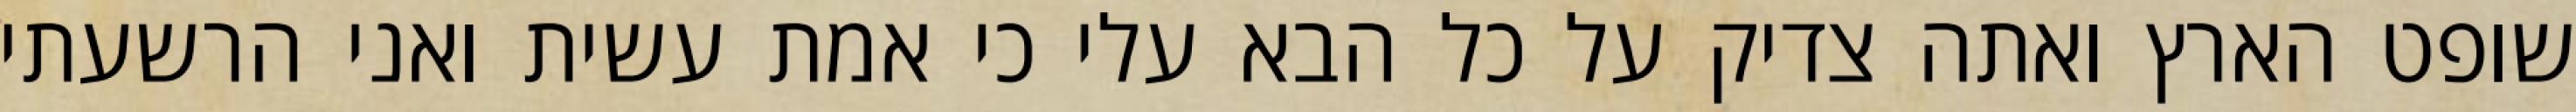
שופט הארץ ואתה צדיק על כל הבא עלי כי אמת עשית ואני הרשעתי